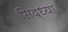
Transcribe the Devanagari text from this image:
सिद्ध्या